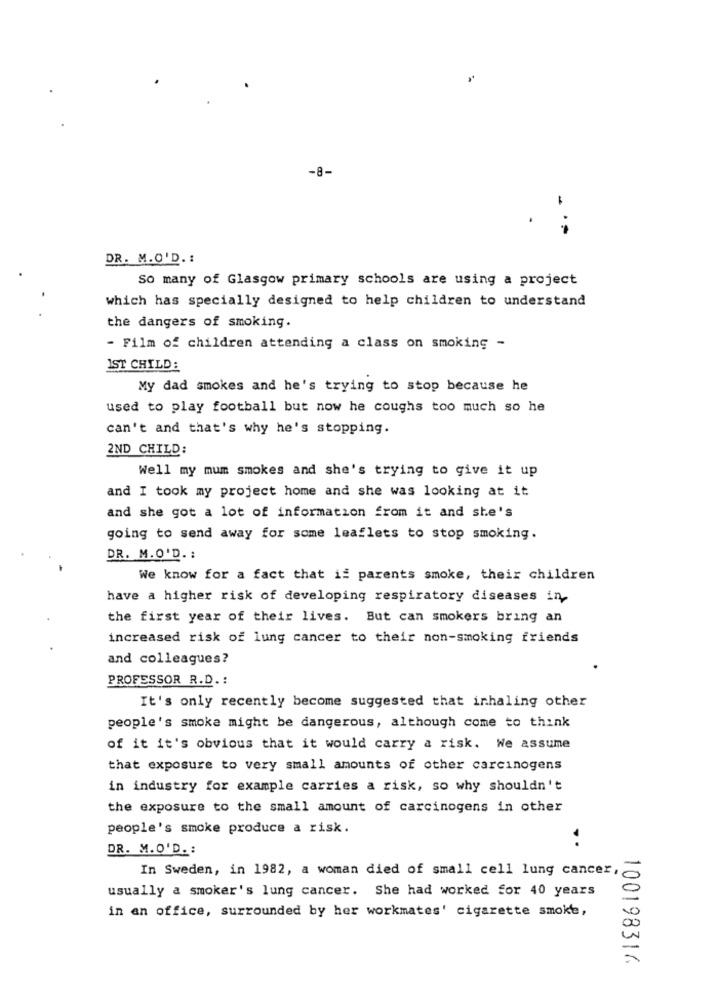
-8-
- .-
DR. M.O.D. :
So many of Glasgow primary schools are using a project
which has specially designed to help children to understand
the dangers of smoking.
- Film of children attending a class on smoking -
IST CHILD:
My dad smokes and he's trying to stop because he
used to play football but now he coughs too much so he
can't and that's why he's stopping.
2ND CHILD:
Well my mum smokes and she's trying to give it up
and I took my project home and she was looking at it
and she got a lot of information from it and she's
going to send away for some leaflets to stop smoking.
DR. M.O'D .:
We know for a fact that is parents smoke, their children
have a higher risk of developing respiratory diseases in.
the first year of their lives. But can smokers bring an
increased risk of lung cancer to their non-smoking friends
and colleagues?
PROFESSOR R.D. :
It's only recently become suggested that inhaling other
people's smoke might be dangerous, although come to think
of it it's obvious that it would carry a risk. We assume
that exposure to very small amounts of other carcinogens
in industry for example carries a risk, so why shouldn't
the exposure to the small amount of carcinogens in other
people's smoke produce a risk.
DR. M.O'D. :
In Sweden, in 1982, a woman died of small cell lung cancer,
usually a smoker's lung cancer. She had worked for 40 years
in an office, surrounded by her workmates' cigarette smoke,
100198316